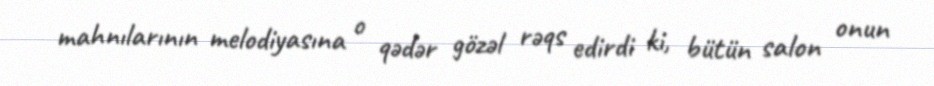
mahnılarının melodiyasına o qədər gözəl rəqs edirdi ki, bütün salon onun